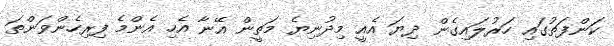
ކަންފަތުގައި ހަރުލައިގެން ދިޔަ އެއީ މިދުނިޔެ މަތީން އޭނާ އެހި އެންމެ ފިރިހެންވަންތަ